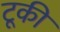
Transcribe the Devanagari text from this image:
टूकी